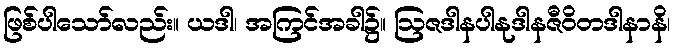
ဖြစ်ပါသော်လည်း။ ယဒါ၊ အကြင်အခါ၌။ ဩဇဒါနပါနုဒါနဇီဝိတဒါနာနိ၊